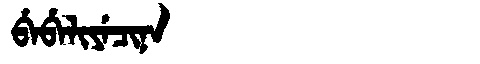
Manchu: ᠪᡝᠪᡝᠯᡳᠶᡝᠴᡳᠨᠠ
Romanization: BEBELIYECINA